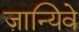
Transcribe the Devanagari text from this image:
ज़ान्यिवे